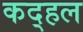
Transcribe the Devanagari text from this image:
कद्हल